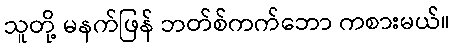
သူတို့ မနက်ဖြန် ဘတ်စ်ကက်ဘော ကစားမယ်။